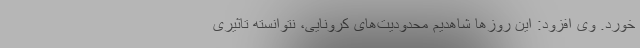
خورد. وی افزود: این روزها شاهدیم محدودیت‌های کرونایی، نتوانسته تاثیری